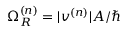
\Omega _ { R } ^ { ( n ) } = | v ^ { ( n ) } | A / \hbar